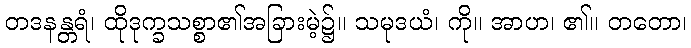
တဒနန္တရံ၊ ထိုဒုက္ခသစ္စာ၏အခြားမဲ့၌။ သမုဒယံ၊ ကို။ အာဟ၊ ၏။ တတော၊